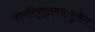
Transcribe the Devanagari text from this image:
कामरिपुपूतमनःसुकेत